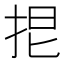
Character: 𢬒